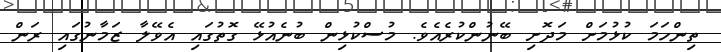
ތިންހަމަ ކުޅުމަށް މަދޮށި ބޭނުންކުރެއެވެ. މުސްކުޅިން ބުނެއުޅޭ ގޮތުގައި އެވޭލާ ޒަމާނުގައި ރަން